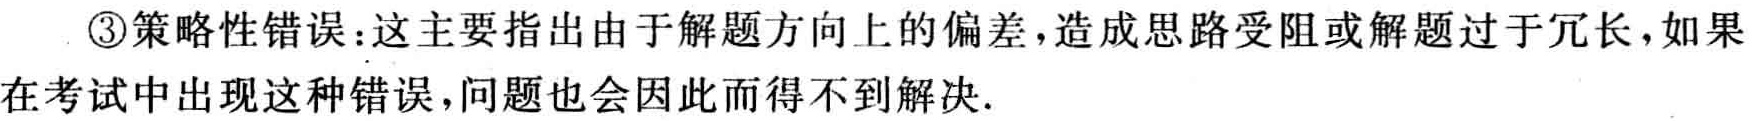
\textcircled{3}策略性错误：这主要指出由于解题方向上的偏差，造成思路受阻或解题过于冗长，如果在考试中出现这种错误，问题也会因此而得不到解决.